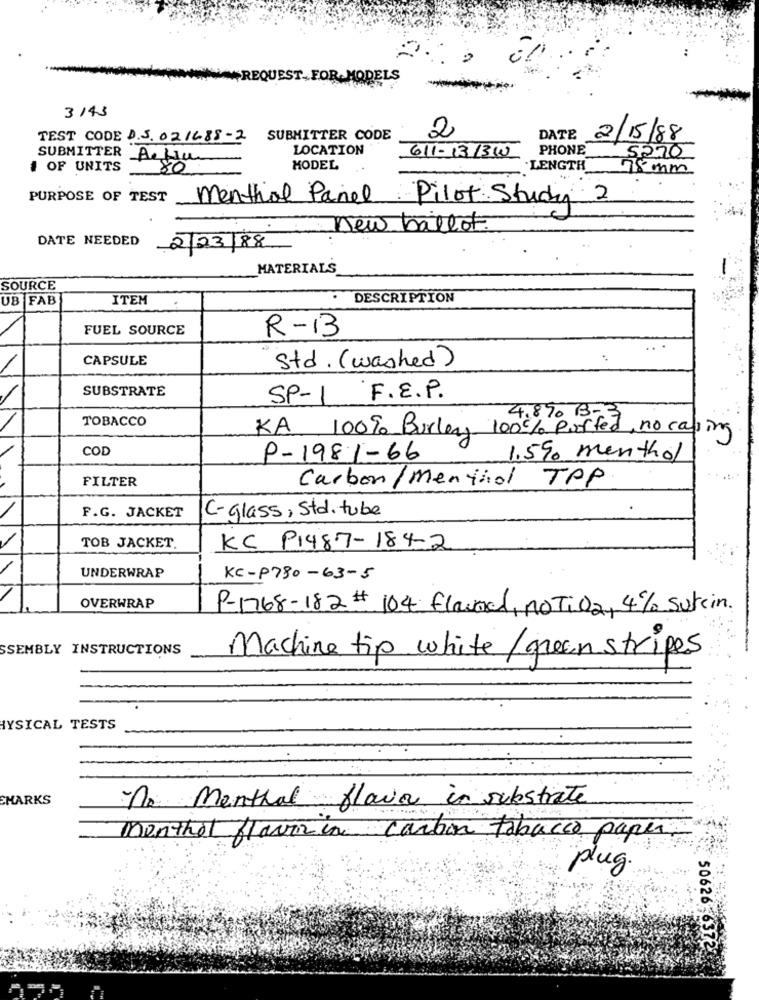
REQUEST. FOR. MODELS
3143
2
TEST CODE D.S. 021688-2 SUBMITTER CODE
DATE
2/15/88
LOCATION
PHONE
5270
SUBMITTER Afin
611-131310
# OF UNITS
80
MODEL
LENGTH
75 mm
PURPOSE OF TEST
menthol Panel. Pilot Study 2
New ballot.
DATE NEEDED
2/23/88
MATERIALS
SOURCE
UB FAB
ITEM
DESCRIPTION
FUEL SOURCE
R-13
CAPSULE
Std . (washed)
SUBSTRATE
F.E.P.
SP-1
TOBACCO
4.870 BIG
KA 100% Burley 100% puffed no casing
COD
P-1981-66
1.5% menthol
FILTER
Carbon/Menthol TPP
F.G. JACKET
C-glass, Std. tube
TOB JACKET.
KC P1487-184-2
UNDERWRAP
KC-P780-63-5
OVERWRAP
P-1768-182# 104 fland, not: 02, 4% sukcin.
SSEMBLY INSTRUCTIONS
Machine tip white/ green stripes
YSICAL TESTS
SHARKS
No Menthal flair in substrate
menthol flavora carbon tabacco paper
plug.
50626-
72